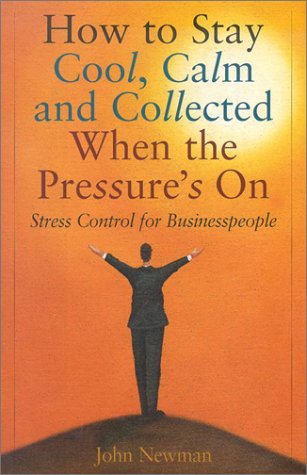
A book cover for How to Stay Cool Calm and Collected When the Pressure's on; John E. Newman; Business & Money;